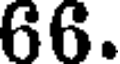
66.